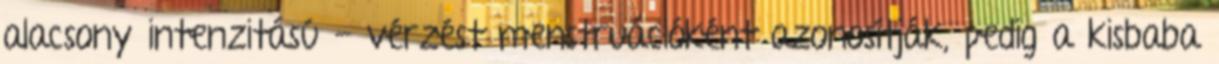
alacsony intenzitású - vérzést menstruációként azonosítják, pedig a kisbaba